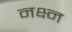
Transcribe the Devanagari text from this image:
नक्ष्न